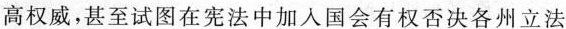
高权威，甚至试图在宪法中加入国会有权否决各州立法